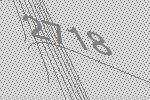
2718